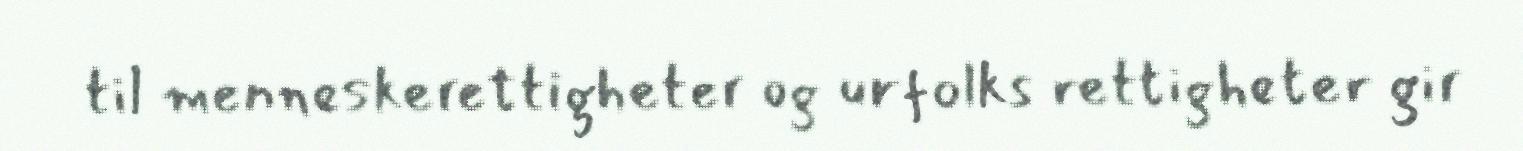
til menneskerettigheter og urfolks rettigheter gir